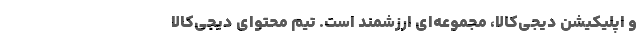
و اپلیکیشن دیجی‌کالا، مجموعه‌ای ارزشمند است. تیم محتوای دیجی‌کالا